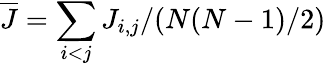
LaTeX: \overline{{J}}=\sum_{i<j}J_{i,j}/(N(N-1)/2)